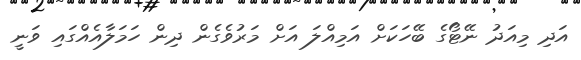
އަދި މިއަދު ނޭޓޯގެ ބޭހަކަށް އަމިއްލަ އަށް މަރުވެގެން ދިން ހަމަލާއެއްގައި ވަނީ